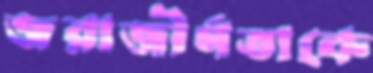
জরাজীর্ণতাকে